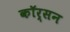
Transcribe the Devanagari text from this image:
कॉर्सन